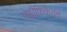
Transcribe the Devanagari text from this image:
एंप्लीफिकेशन